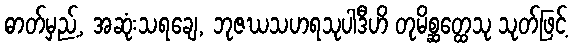
ဓာတ်မှည့်, အဆုံးသရချေ, ဘုဇဃသဟရသုပါဒီဟိ တုမိစ္ဆတ္ထေသု သုတ်ဖြင့်